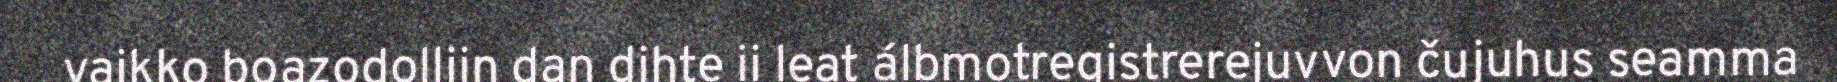
vaikko boazodolliin dan dihte ii leat álbmotregistrerejuvvon čujuhus seamma